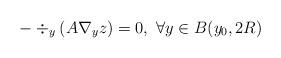
LaTeX: \begin{align*}-\div_y (A\nabla_yz )=0, \ \forall y\in B (y_0,2R )\end{align*}